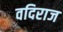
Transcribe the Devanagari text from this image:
वदिराज